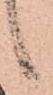
候